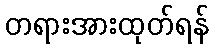
တရားအားထုတ်ရန်